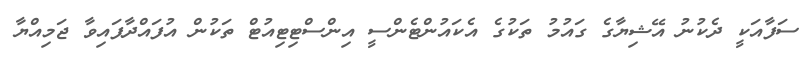
ސަފާއަކީ ދެކުނު އޭޝިޔާގެ ގައުމު ތަކުގެ އެކައުންޓެންސީ އިންސްޓިޓިއުޓް ތަކުން އުފައްދާފައިވާ ޖަމިއްޔާ